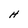
Character: H